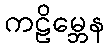
ကဠိမ္ဘေန